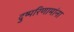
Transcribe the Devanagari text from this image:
दुष्परिणामांना